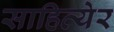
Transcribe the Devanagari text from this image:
साहित्येर